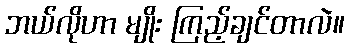
ဘယ်လိုဟာ မျိုး ကြည့်ချင်တာလဲ။